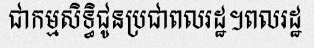
ជាកម្មសិទ្ធិជូនប្រជាពលរដ្ឋ។ពលរដ្ឋ